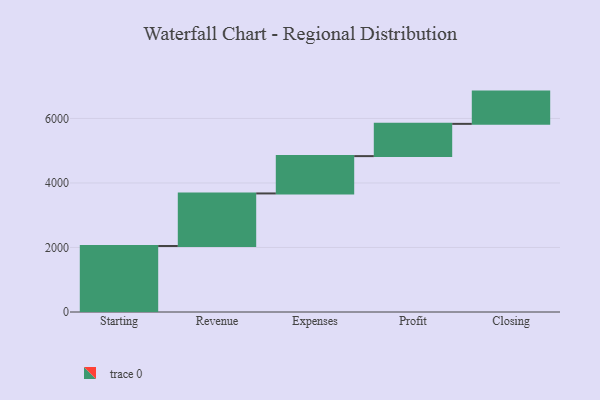
{"axis": {"x": "Step", "y": "Value"}, "legend": [""], "data": [{"x": "Starting", "y": 2046.0, "type": ""}, {"x": "Revenue", "y": 1629.0, "type": ""}, {"x": "Expenses", "y": 1157.0, "type": ""}, {"x": "Profit", "y": 1000, "type": ""}, {"x": "Closing", "y": 1000, "type": ""}]}